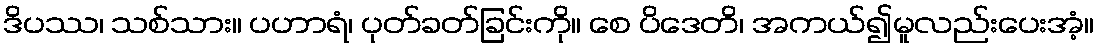
ဒိပဿ၊ သစ်သား။ ပဟာရံ၊ ပုတ်ခတ်ခြင်းကို။ စေ ပိဒေတိ၊ အကယ်၍မူလည်းပေးအံ့။